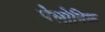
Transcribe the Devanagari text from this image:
मेलोनिक